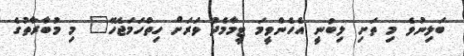
ބަލިނުވެ މި ތަށި ލިބުނީ އެހެންވީމަ ޓީމާމެދު ވަރަށް ހިތްހަމަޖެހޭ" މި މުބާރާތުގެ